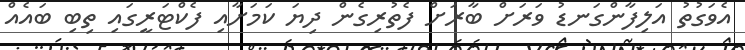
އެވަގުތު އަލިފާންގަނޑު ވަރަށް ބާރަށް ފެތުރިގެން ދިޔަ ކަމަށާއި ފެކްޓަރީގައި ތިބި ބައެއް